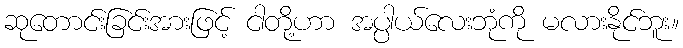
ဆုတောင်းခြင်းအားဖြင့် ငါတို့ဟာ အပ္ပါယ်လေးဘုံကို မလားနိုင်ဘူး။